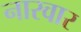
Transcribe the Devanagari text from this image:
नारवार